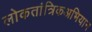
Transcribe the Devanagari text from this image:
लोकतांत्रिकअभियान